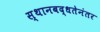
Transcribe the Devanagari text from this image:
स्थानबद्धतेनंतर